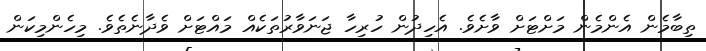
ތިބާމެން އެންމެން މަށްޓަށް ވާށެވެ. އެހިދުން ހުރިހާ ޖަނަވާރުތަކެއް މައްޓަށް ވެދާނެތެވެ. މިހެންމިކަން